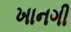
ખાનગી